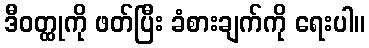
ဒီဝတ္ထုကို ဖတ်ပြီး ခံစားချက်ကို ရေးပါ။